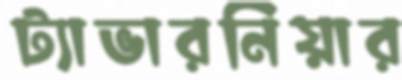
ট্যাভারনিয়ার